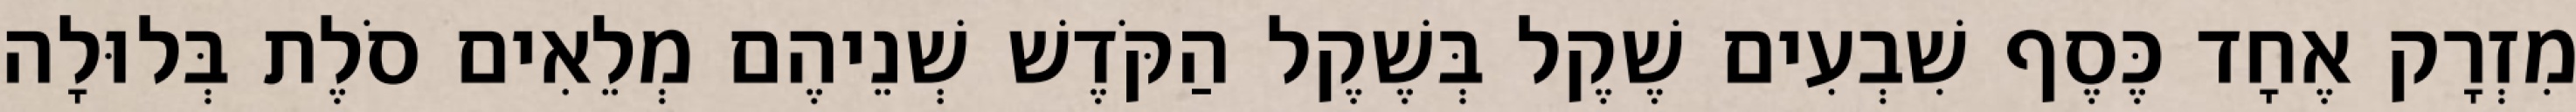
מִזְרָק אֶחָד כֶּסֶף שִׁבְעִים שֶׁקֶל בְּשֶׁקֶל הַקֹּדֶשׁ שְׁנֵיהֶם מְלֵאִים סֹלֶת בְּלוּלָה